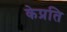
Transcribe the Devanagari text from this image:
केप्रति